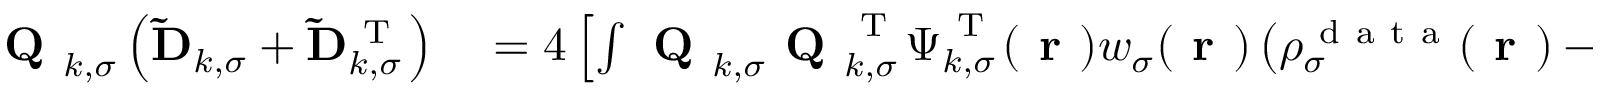
\begin{array} { r l } { \textbf { Q } _ { k , \sigma } \left( \mathbf { \widetilde { D } } _ { k , \sigma } + \mathbf { \widetilde { D } } _ { k , \sigma } ^ { \mathrm { ~ T ~ } } \right) } & { { } = 4 \left[ \int \textbf { Q } _ { k , \sigma } \textbf { Q } _ { k , \sigma } ^ { \mathrm { ~ T ~ } } \boldsymbol { \Psi } _ { k , \sigma } ^ { \mathrm { ~ T ~ } } ( \boldsymbol { \textbf { r } } ) w _ { \sigma } ( \boldsymbol { \textbf { r } } ) \left( \rho _ { \sigma } ^ { \mathrm { ~ d ~ a ~ t ~ a ~ } } ( \boldsymbol { \textbf { r } } ) - \rho _ { \sigma } ( \boldsymbol { \textbf { r } } ) \right) \boldsymbol { \Psi } _ { k , \sigma } \textbf { Q } _ { k , \sigma } \, d \boldsymbol { \textbf { r } } \right] f ( \mathbf { E } _ { k , \sigma } ) } \end{array}